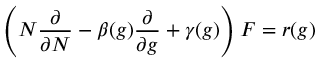
\left( N { \frac { \partial } { \partial N } } - \beta ( g ) { \frac { \partial } { \partial g } } + \gamma ( g ) \right) F = r ( g )